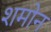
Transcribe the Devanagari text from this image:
शमोन